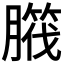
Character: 𦠱